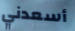
أسعدني